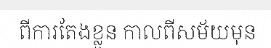
ពីការតែងខ្លួន កាលពីសម័យមុន